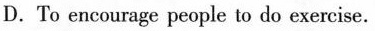
D.To encourage people to do exercise.